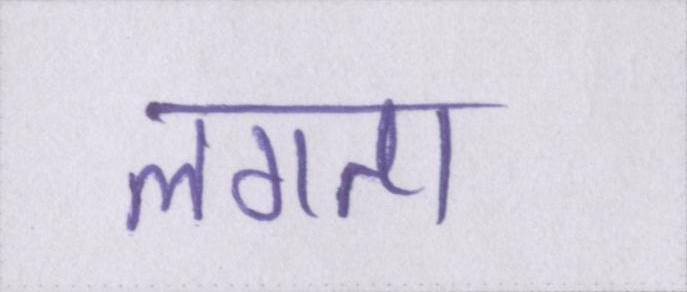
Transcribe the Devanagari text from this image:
लगता